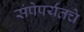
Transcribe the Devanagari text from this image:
संपेपर्यंतचे